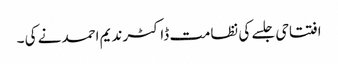
افتتاحی جلسے کی نظامت ڈاکٹر ندیم احمد نے کی ۔